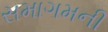
સમાગમની